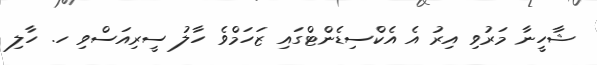
ޝާހީނާ މަރުވި އިރު އެ އެކްސިޑެންޓްގައި ޒަހަމްވެ ހާލު ސީރިއަސްވި ހ. ހާލި